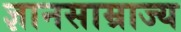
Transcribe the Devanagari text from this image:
ज्ञानसाम्राज्य